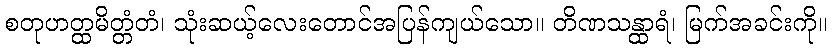
စတုဟတ္ထမိတ္တံတံ၊ သုံးဆယ့်လေးတောင်အပြန်ကျယ်သော။ တိဏသန္ထာရံ၊ မြက်အခင်းကို။